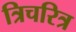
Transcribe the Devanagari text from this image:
त्रिचरित्र